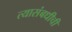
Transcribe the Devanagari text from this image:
त्यासंबधीची